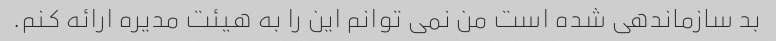
بد سازماندهی شده است من نمی توانم این را به هیئت مدیره ارائه کنم.